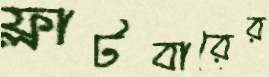
ফ্লাটবারের